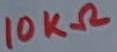
Text: 10KΩ